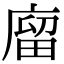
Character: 廇